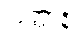
ယုတ္တာနိ